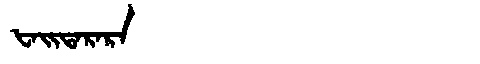
Manchu: ᡶᠠᡳᡨᠠᡵᠠᡵᠠ
Romanization: FAITARARA